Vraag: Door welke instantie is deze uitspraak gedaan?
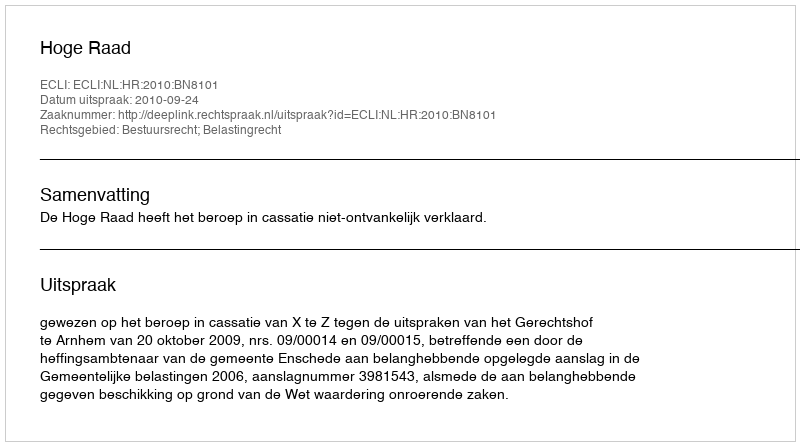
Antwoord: Hoge Raad